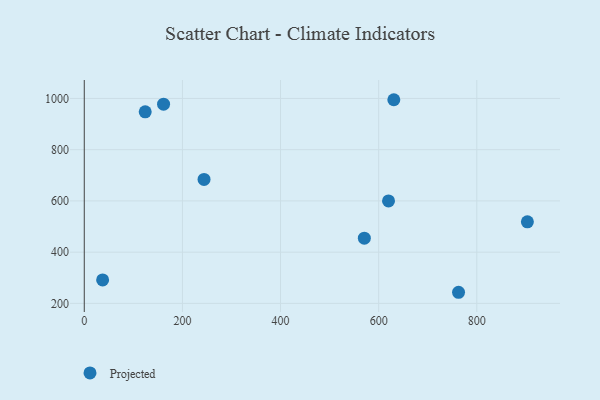
{"axis": {"x": "Investment", "y": "Demand"}, "legend": ["Projected"], "data": [{"x": "124.2", "y": 947.8, "type": "Projected"}, {"x": "630.9", "y": 995.0, "type": "Projected"}, {"x": "903.1", "y": 518.2, "type": "Projected"}, {"x": "161.6", "y": 977.5, "type": "Projected"}, {"x": "570.8", "y": 454.6, "type": "Projected"}, {"x": "244.1", "y": 683.8, "type": "Projected"}, {"x": "762.8", "y": 243.4, "type": "Projected"}, {"x": "37.4", "y": 291.6, "type": "Projected"}, {"x": "620.1", "y": 600.0, "type": "Projected"}]}